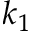
k _ { 1 }